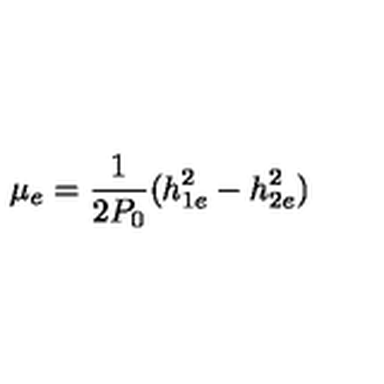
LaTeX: \mu _ { e } = { \frac { 1 } { 2 P _ { 0 } } } ( h _ { 1 e } ^ { 2 } - h _ { 2 e } ^ { 2 } ) \,